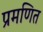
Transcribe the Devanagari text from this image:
प्रमणित